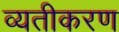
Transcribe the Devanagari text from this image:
व्यतीकरण